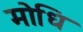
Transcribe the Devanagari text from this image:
मोधि